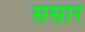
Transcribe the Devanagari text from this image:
ससार